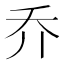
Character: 乔